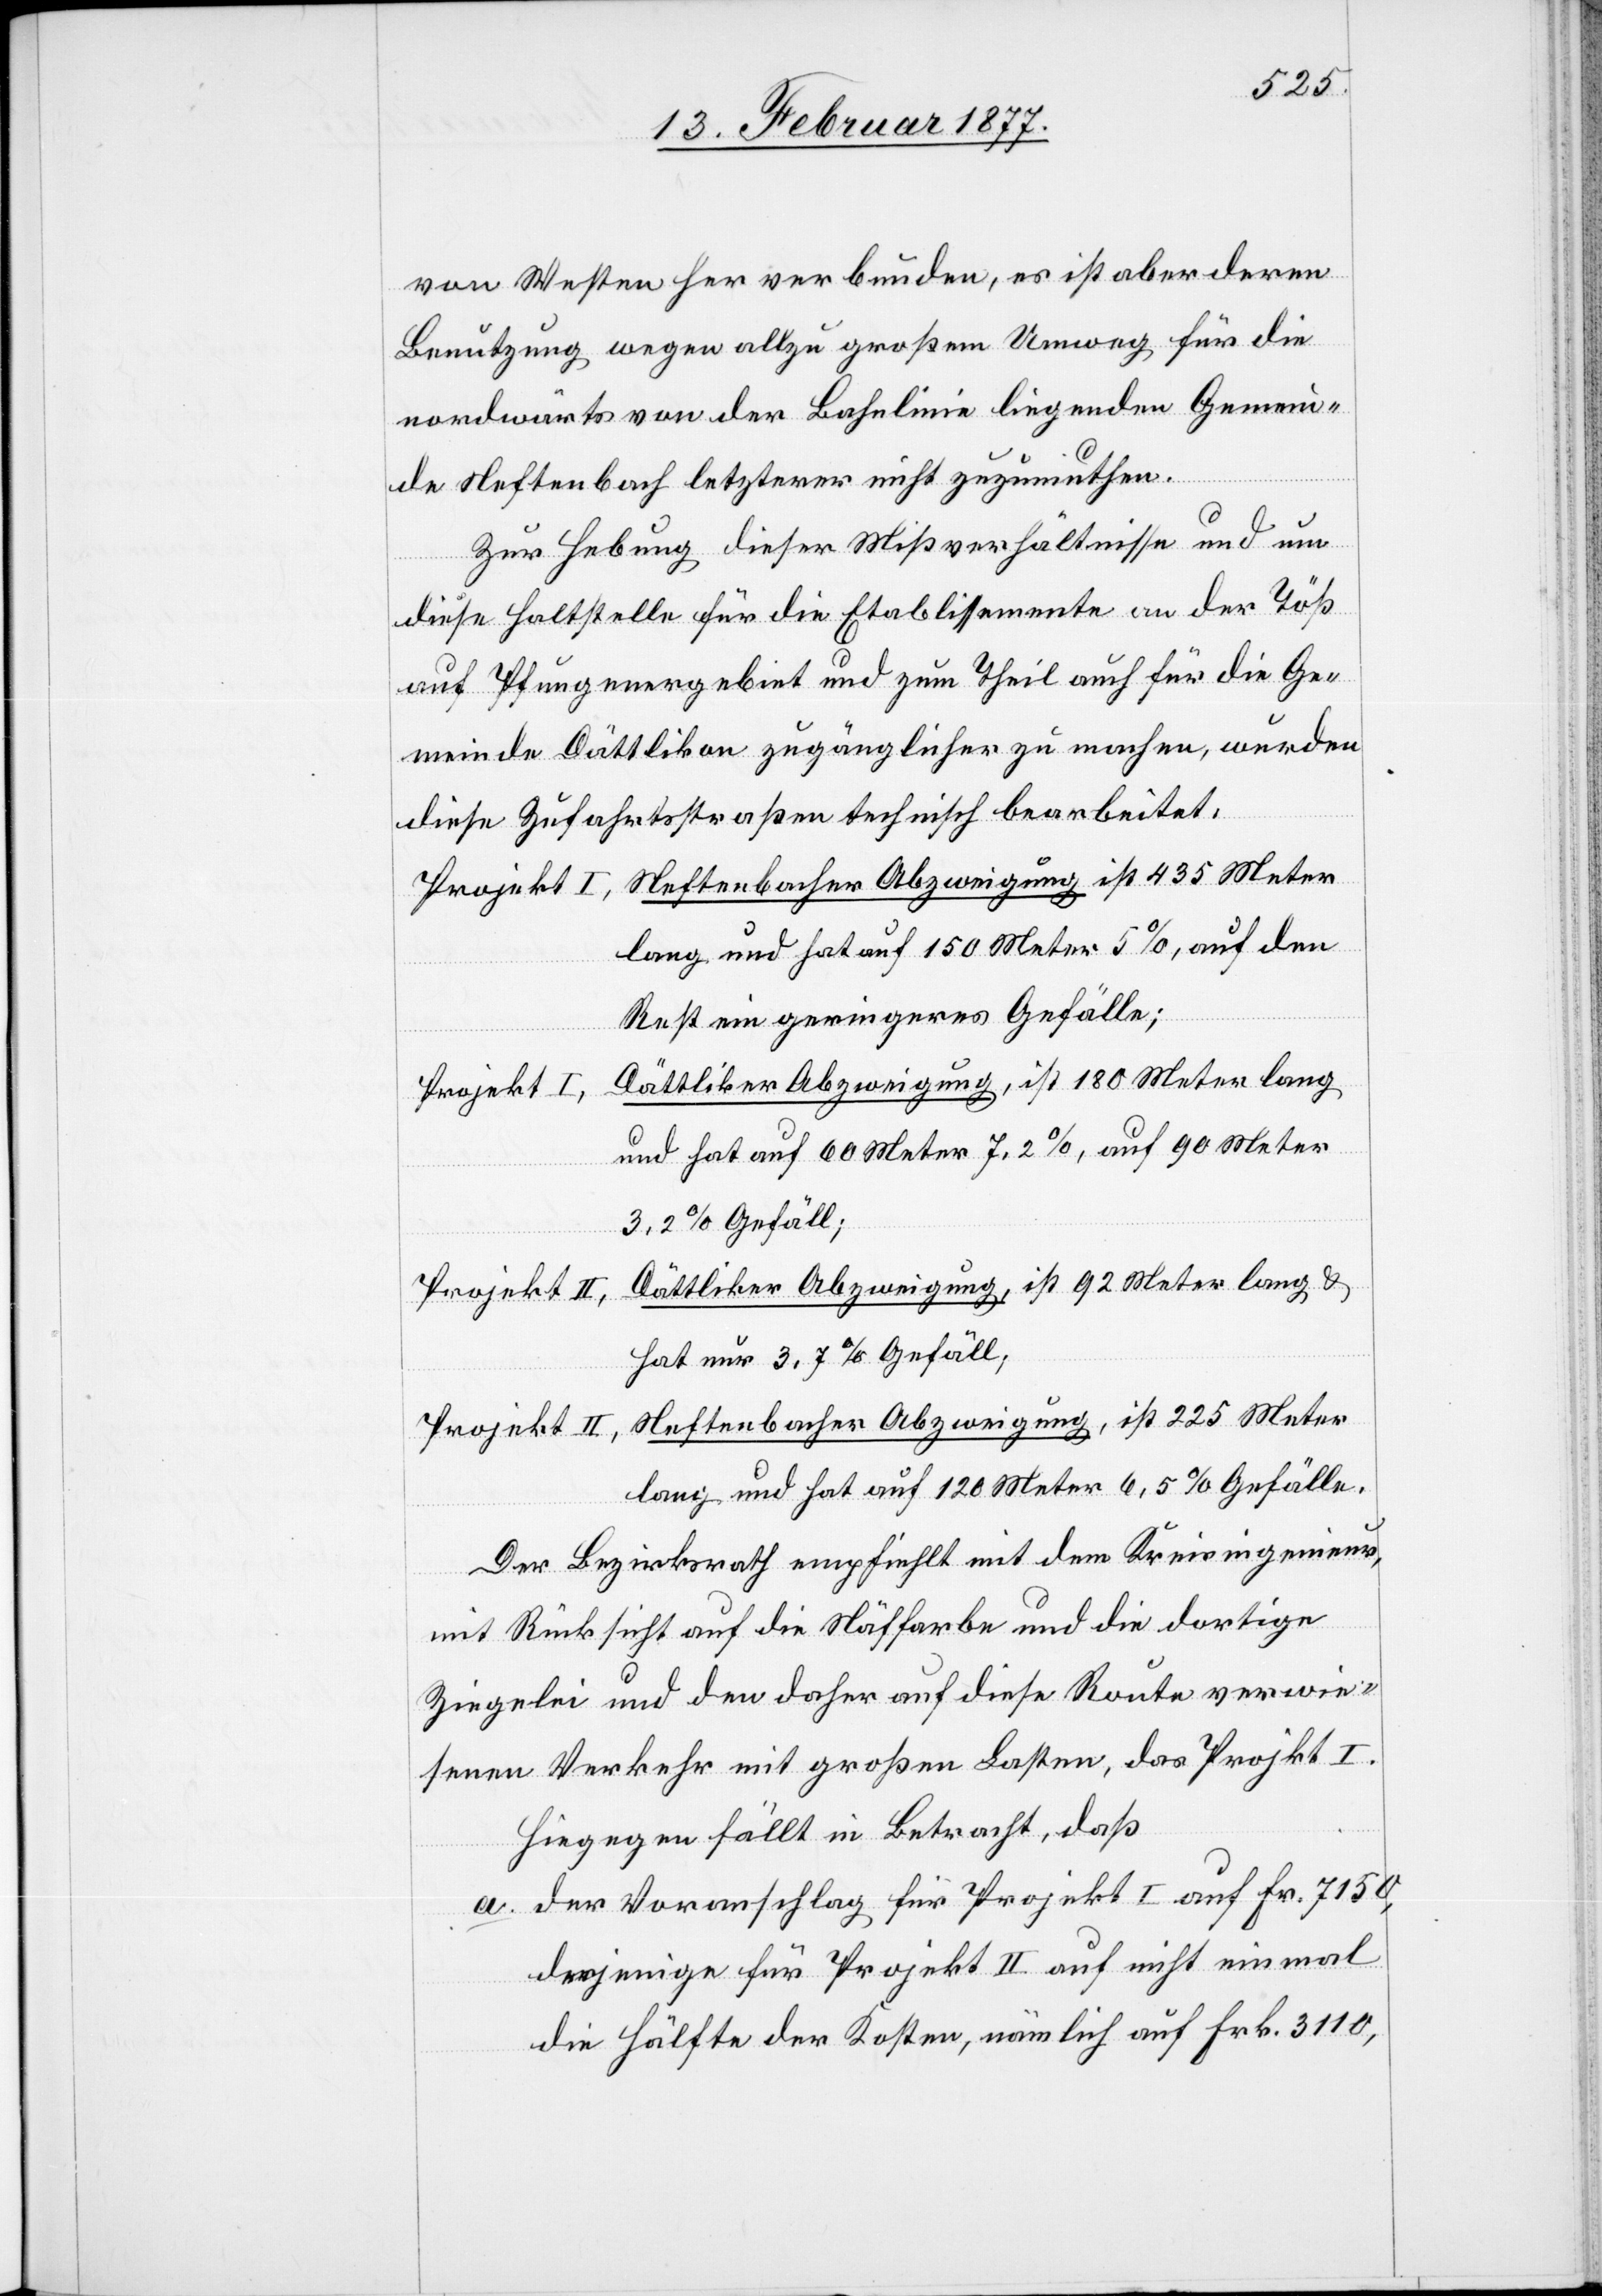
von Westen her verbunden, es ist aber deren
Benutzung wegen allzu großem Umweg für die
nordwärts von der Bahnlinie liegenden Gemein¬
de Neftenbach letzterer nicht zuzumuthen.
Zur Hebung dieser Mißverhältnisse und um
diese Haltstelle für die Etablissemente an der Töß
auf Pfungenergebiet und zum Theil auch für die Ge¬
meinde Dättlikon zugänglicher zu machen, wurde
diese Zufahrtsstraße technisch bearbeitet:
Neftenbacher Abzweigung ist 435 Meter
lang und hat auf 150 Meter 5%, auf den
Rest ein geringeres Gefälle;
Dättliker Abzweigung, ist 180 Meter lang
und hat auf 60 Meter 7,2%, auf 90 Meter
3,2% Gefäll;
Dättliker Abzweigung, ist 92 Meter lang &
Projekt II,
hat nur 3,7% Gefäll;
Neftenbacher Abzweigung, ist 225 Meter
lang und hat auf 120 Meter 6,5% Gefälle.
Der Bezirksrath empfiehlt mit dem Kreisingenieur,
mit Rücksicht auf die Näffarbe und die dortige
Ziegelei und den daher auf diese Route verwie¬
senen Verkehr mit großen Lasten, das Projekt I.
Hiegegen fällt in Betracht:
a. der Voranschlag für Projekt I auf Fr. 7150,
derjenige für Projekt II auf nicht einmal
die Hälfte der Kosten, nämlich auf Frk. 3110,